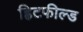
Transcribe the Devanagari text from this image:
ह्विटफील्ड